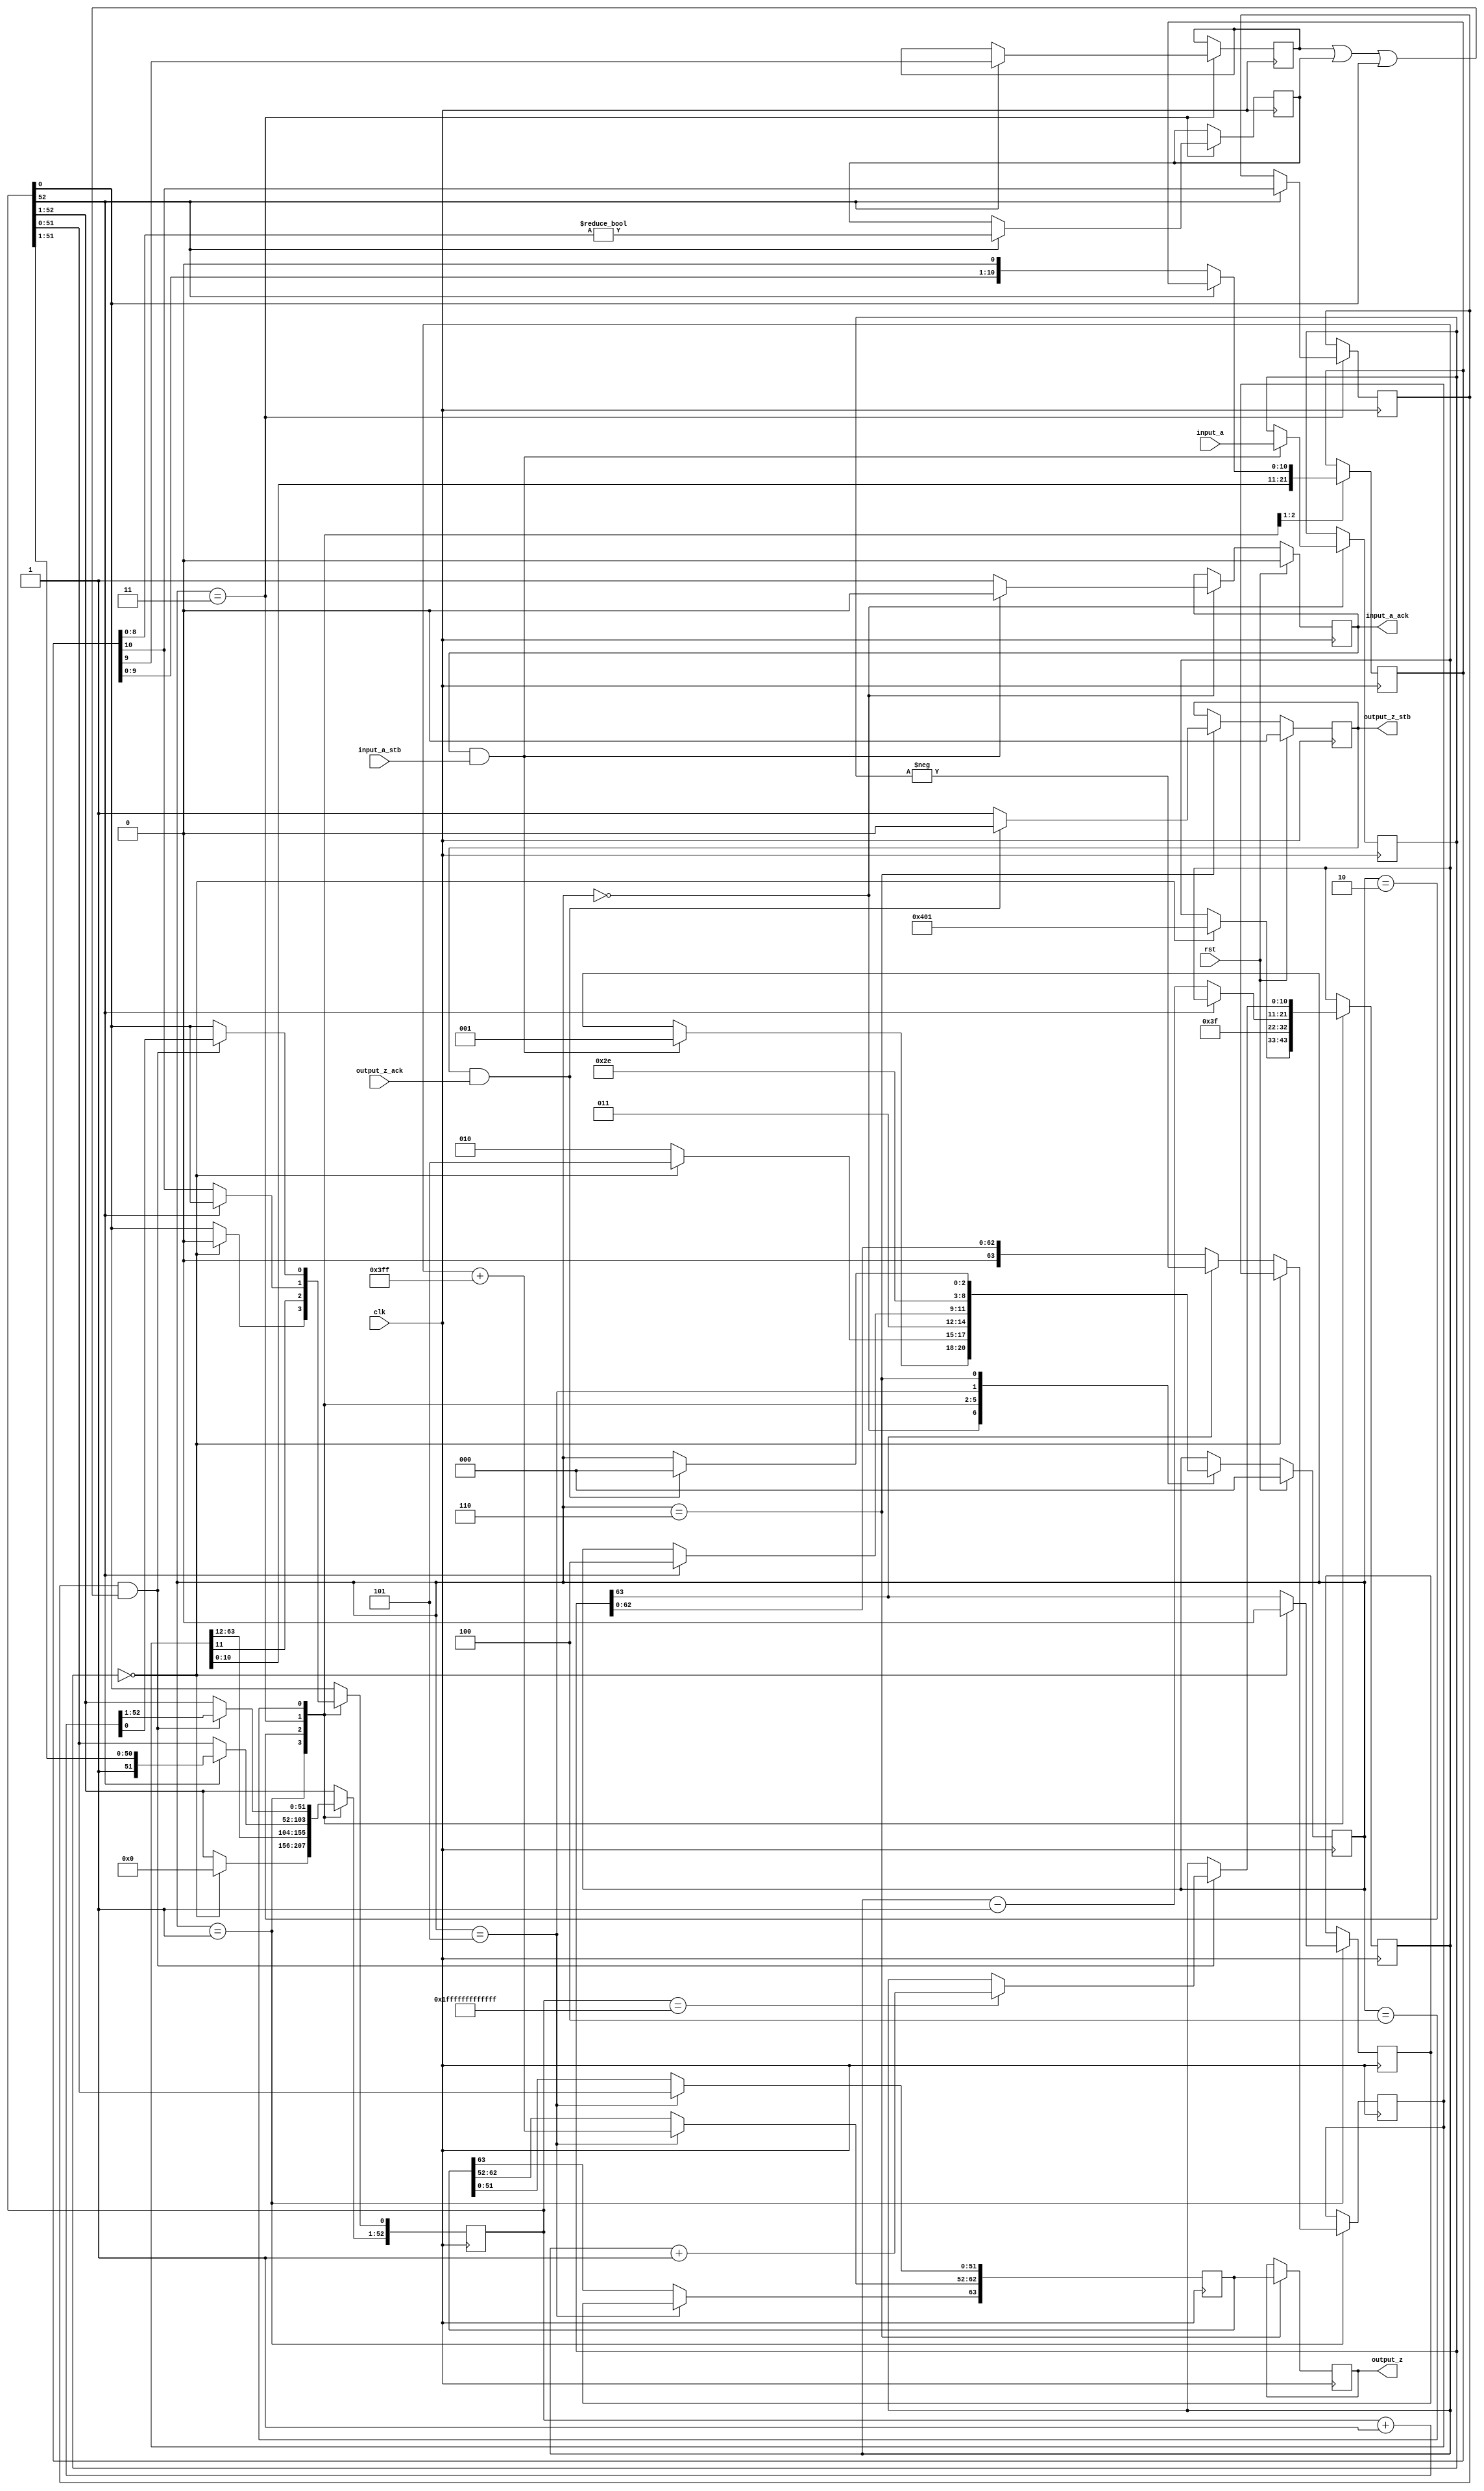
//Integer to IEEE Floating Point Converter (Double Precision)
//Copyright (C) Jonathan P Dawson 2013
//2013-12-12
module long_to_double(
        input_a,
        input_a_stb,
        output_z_ack,
        clk,
        rst,
        output_z,
        output_z_stb,
        input_a_ack);

  input     clk;
  input     rst;

  input     [63:0] input_a;
  input     input_a_stb;
  output    input_a_ack;

  output    [63:0] output_z;
  output    output_z_stb;
  input     output_z_ack;

  reg       s_output_z_stb;
  reg       [63:0] s_output_z;
  reg       s_input_a_ack;
  reg       s_input_b_ack;

  reg       [2:0] state;
  parameter get_a         = 3'd0,
            convert_0     = 3'd1,
            convert_1     = 3'd2,
            convert_2     = 3'd3,
            round         = 3'd4,
            pack          = 3'd5,
            put_z         = 3'd6;

  reg [63:0] a, z, value;
  reg [52:0] z_m;
  reg [10:0] z_r;
  reg [10:0] z_e;
  reg z_s;
  reg guard, round_bit, sticky;

  always @(posedge clk)
  begin

    case(state)

      get_a:
      begin
        s_input_a_ack <= 1;
        if (s_input_a_ack && input_a_stb) begin
          a <= input_a;
          s_input_a_ack <= 0;
          state <= convert_0;
        end
      end

      convert_0:
      begin
        if ( a == 0 ) begin
          z_s <= 0;
          z_m <= 0;
          z_e <= -1023;
          state <= pack;
        end else begin
          value <= a[63] ? -a : a;
          z_s <= a[63];
          state <= convert_1;
        end
      end

      convert_1:
      begin
        z_e <= 63;
        z_m <= value[63:11];
        z_r <= value[10:0];
        state <= convert_2;
      end

      convert_2:
      begin
        if (!z_m[52]) begin
          z_e <= z_e - 1;
          z_m <= z_m << 1;
          z_m[0] <= z_r[10];
          z_r <= z_r << 1;
        end else begin
          guard <= z_r[10];
          round_bit <= z_r[9];
          sticky <= z_r[8:0] != 0;
          state <= round;
        end
      end

      round:
      begin
        if (guard && (round_bit || sticky || z_m[0])) begin
          z_m <= z_m + 1;
          if (z_m == 53'h1fffffffffffff) begin
            z_e <=z_e + 1;
          end
        end
        state <= pack;
      end

      pack:
      begin
        z[51 : 0] <= z_m[51:0];
        z[62 : 52] <= z_e + 1023;
        z[63] <= z_s;
        state <= put_z;
      end

      put_z:
      begin
        s_output_z_stb <= 1;
        s_output_z <= z;
        if (s_output_z_stb && output_z_ack) begin
          s_output_z_stb <= 0;
          state <= get_a;
        end
      end

    endcase

    if (rst == 1) begin
      state <= get_a;
      s_input_a_ack <= 0;
      s_output_z_stb <= 0;
    end

  end
  assign input_a_ack = s_input_a_ack;
  assign output_z_stb = s_output_z_stb;
  assign output_z = s_output_z;

endmodule